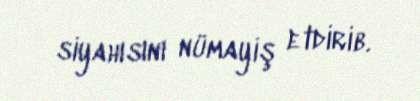
siyahısını nümayiş etdirib.